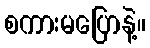
စကားမပြောနဲ့။